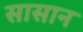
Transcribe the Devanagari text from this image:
सासान